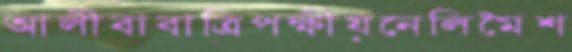
আলীবাবাত্রিপক্ষীয়নেলিমৈশ